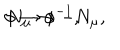
LaTeX: \phi \rightarrow \phi ^ { - 1 } , \hspace { 5 m m } N _ { \mu } \rightarrow - N _ { \mu } ,